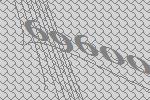
69600